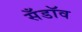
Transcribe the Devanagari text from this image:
सँडॉव